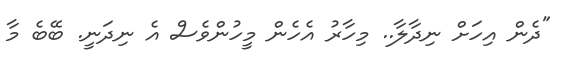
"ދެން އިހަށް ނިދާލާ.. މިހާރު އެެހެން މީހުންވެސް އެ ނިދަނީ. ބޭބެ މާ